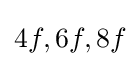
4f,6f,8f